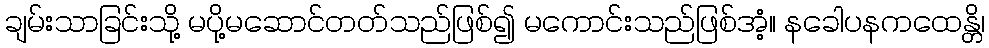
ချမ်းသာခြင်းသို့ မပို့မဆောင်တတ်သည်ဖြစ်၍ မကောင်းသည်ဖြစ်အံ့။ နခေါပနကထေန္တိ၊